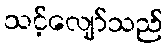
သင့်လျော်သည်